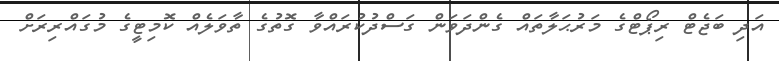
އަދި ބަޖެޓް ރިޕޯޓްގެ މަރުޙަލާތައް ގެންދަވަން ގަސްދުކުރައްވާ ގޮތުގެ ތާވަލެއް ކޮމިޓީގެ މުގައްރިރަށް